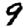
Digit: 9